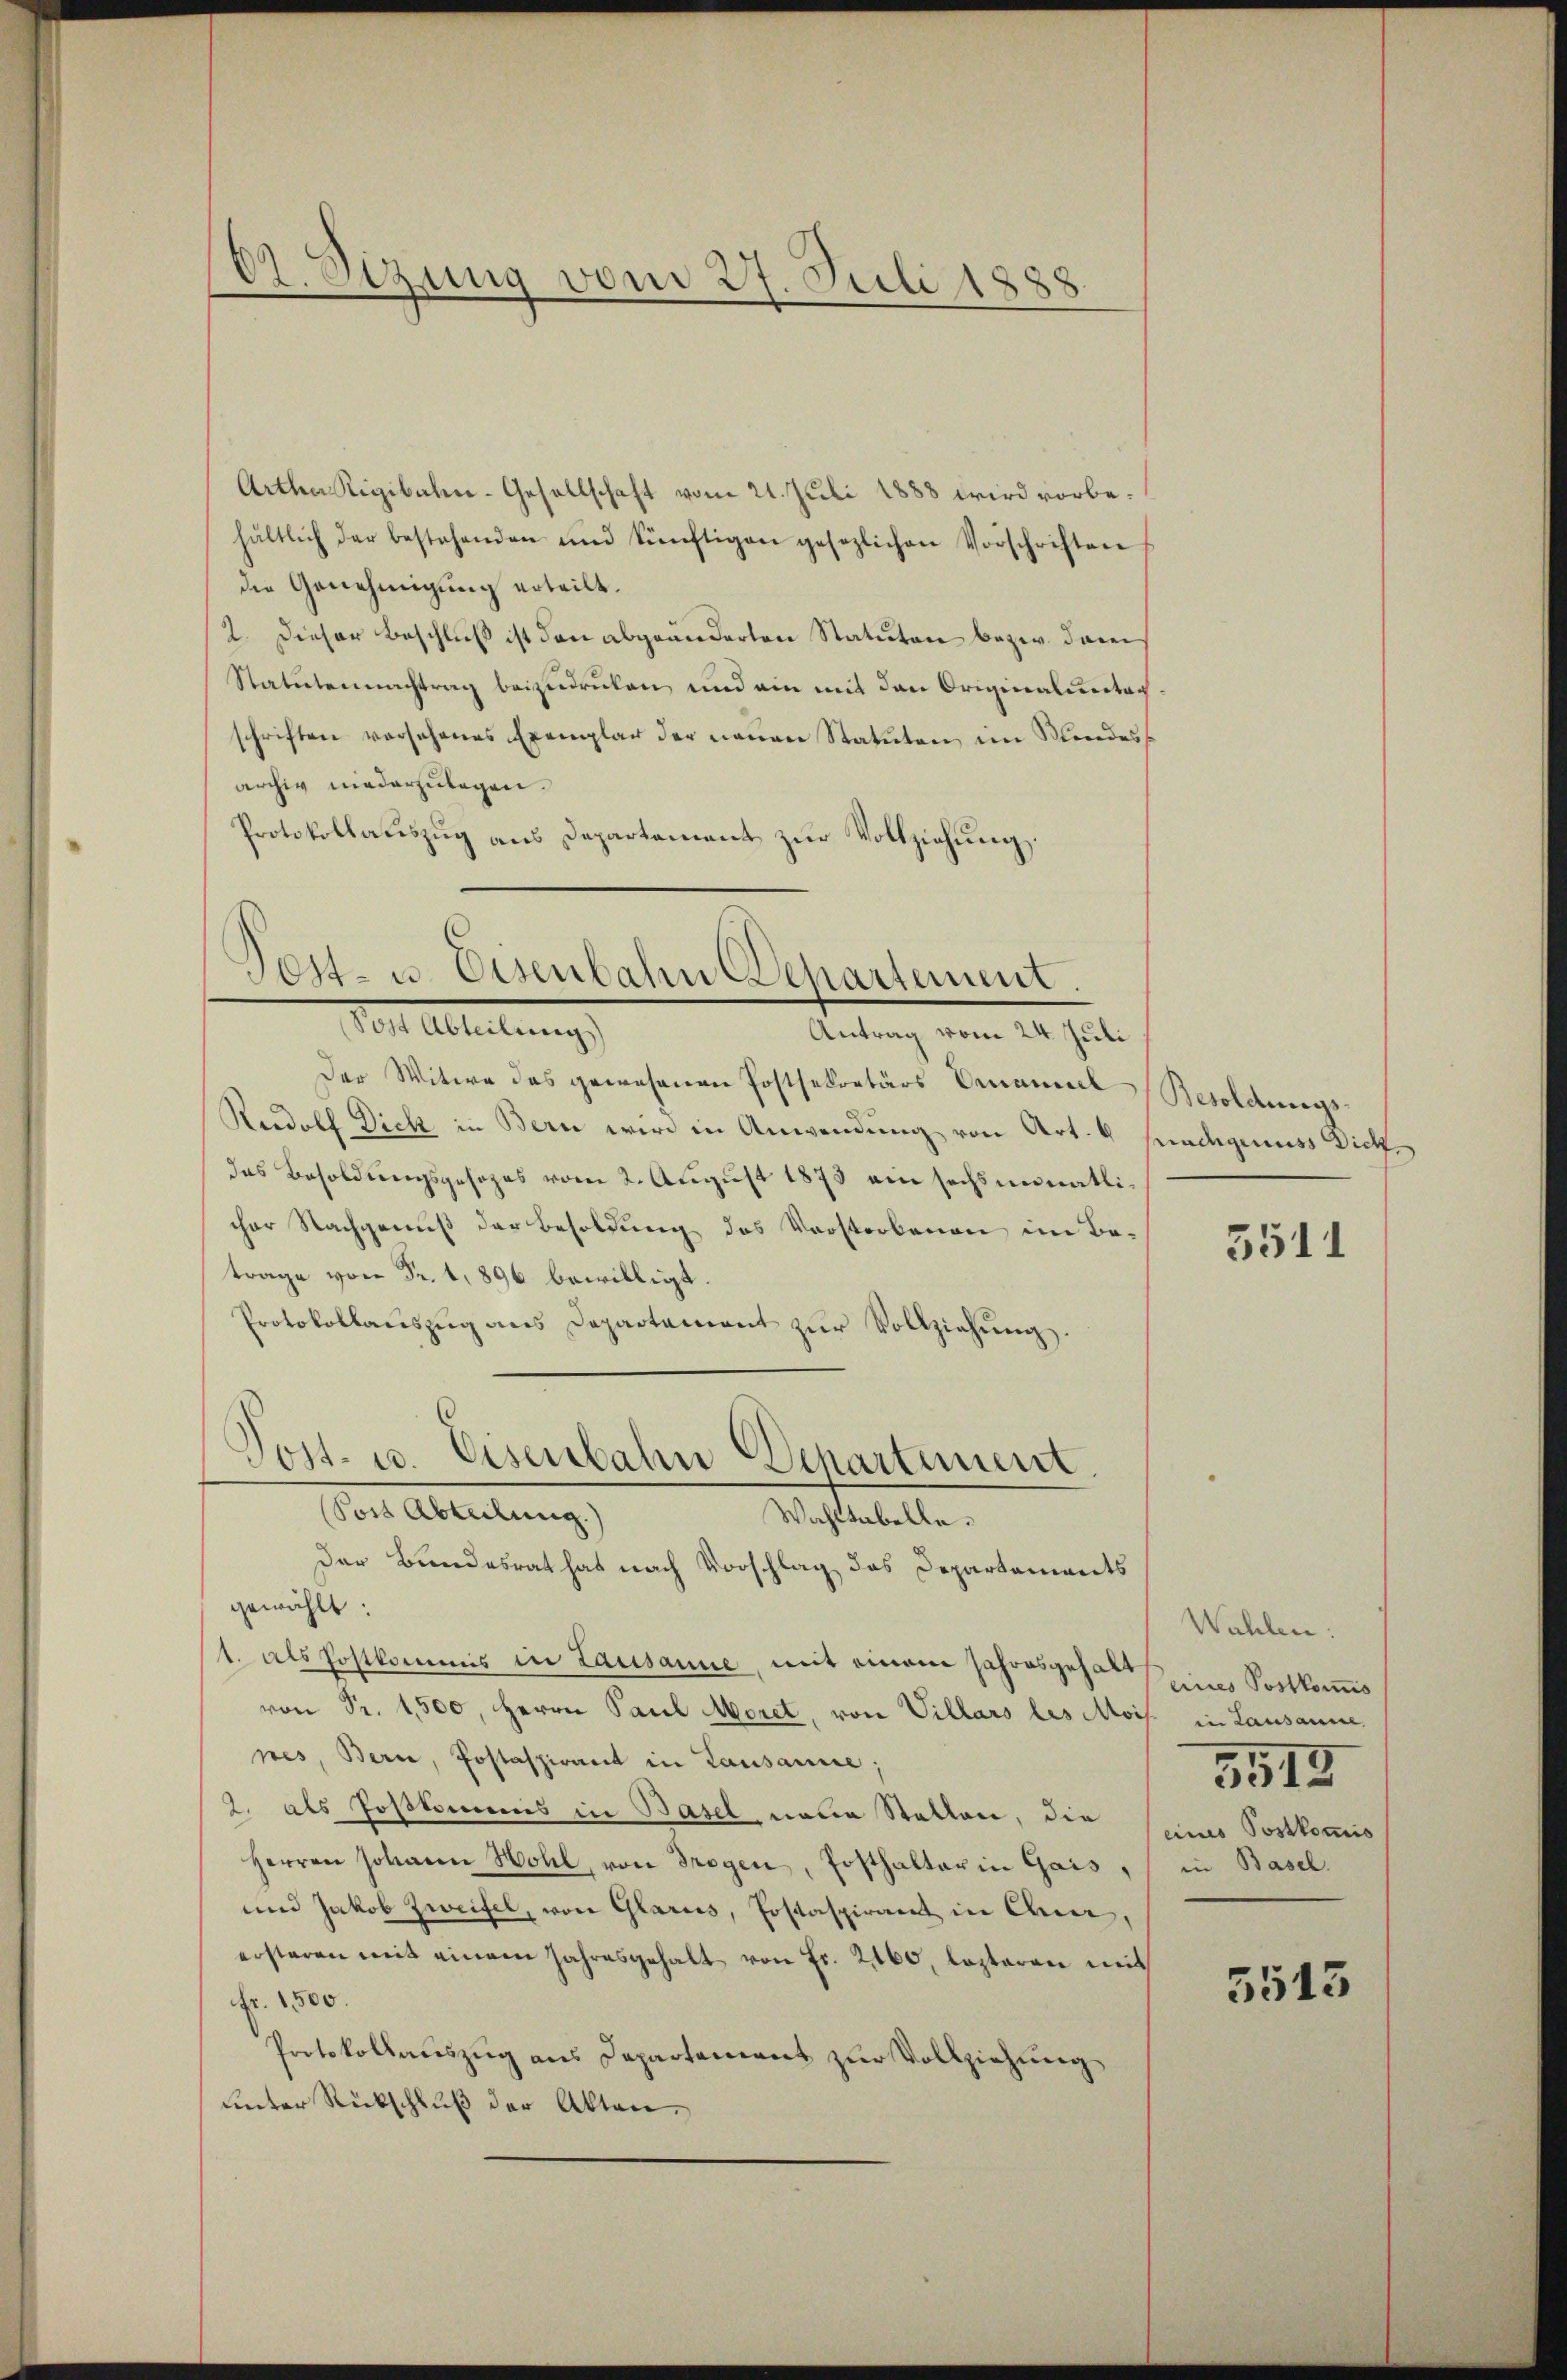
02. Sezung vom 27. Juli 1888.

Artha Rigibahn-Gesellschaft vom 21. Juli 1888 wird vorbehältlich der bestehenden und künftigen gesezlichen Vorschriften
die Genehmigung erteilt.
2. Dieser Beschluß ist den abgeänderten Statuten bezw. dareis
Statutennachtrag beizudrüken, und ain mit den Originaluntag
schriften vorsehenes Exemplar der neŭen Statuten im Mindes
archiv niederzulegen.
Protokollauszug aus Departement zur Vollziehung.

Post- u. Eisenbahn Departement.
In Abteilung
Antrag vom 24. Juli

Der Witwe des gewesenen Postsekretärs Ermanuel Besoldungs-
Rudolf Dich in Bern wird in Anwendung von Art. 6 hundeigenes Dich
das Besoldungsgesezes vom 2. August 1873 ein sechsmonatlicher Nachgenuß der Besoldung des Verstorbenen im Betrage von Fr. 1, 896 bewilligt.
Protokollaŭszŭg ans Departement zŭr Vollziehung.
Der Bundesrat hat nach Vorschlag das Departements
gewählt:
1. als Postkommis in Lausanne, mit einem Jahresgehalt
von Pr. 1,500, Herrn Paul Moret, von Villars les Mois. in Lausanne.
nes, Bern, Postaspirant in Lausanne;
2. als Poskommnis in Basel neue Statten, die seine Postkommis
Herren Johann Hohl, von Trogen, Ersthalter in Gais, in Basel.
und Jakob Zweifel, von Glarus, Postaspirant in der,
ersteren mit einem Jahresgehalt von Fr. 2160, lezteren mit
Fr. 1500.
Protokollauszug aus Departement zur Vollziehung
unter Rückschluß der Akten.

Post- u. Eisenbahn Departement.
Sors Abteilung
Wahltabelle.

5511

Wahlen:
eines Postkomis
3512

5513